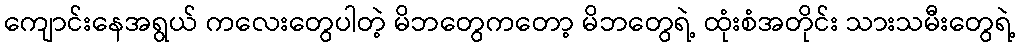
ကျောင်းနေအရွယ် ကလေးတွေပါတဲ့ မိဘတွေကတော့ မိဘတွေရဲ့ ထုံးစံအတိုင်း သားသမီးတွေရဲ့